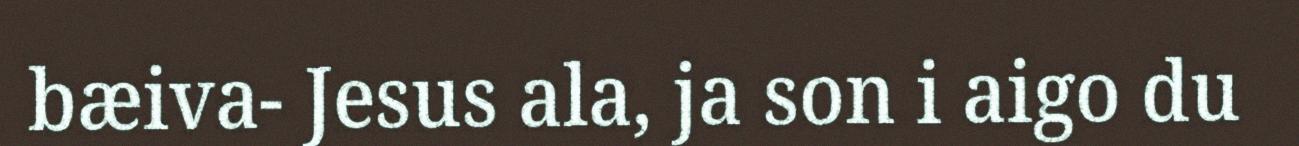
bæiva- Jesus ala, ja son i aigo du